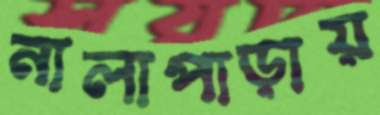
নালাপাড়ায়